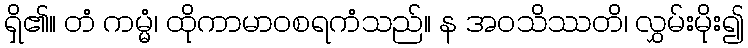
ရှိ၏။ တံ ကမ္မံ၊ ထိုကာမာဝစရကံသည်။ န အဝသိဿတိ၊ လွှမ်းမိုး၍